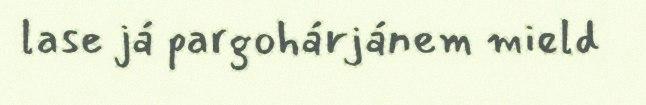
lase já pargohárjánem mield